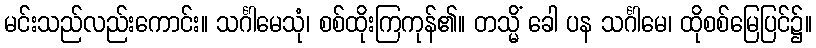
မင်းသည်လည်းကောင်း။ သင်္ဂါမေသုံ၊ စစ်ထိုးကြကုန်၏။ တသ္မိံ ခေါ ပန သင်္ဂါမေ၊ ထိုစစ်မြေပြင်၌။